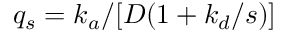
q _ { s } = k _ { a } / [ D ( 1 + k _ { d } / s ) ]